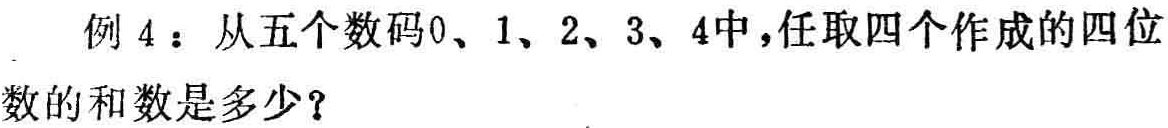
例 4：从五个数码0、1、2、3、4中，任取四个作成的四位数的和数是多少？